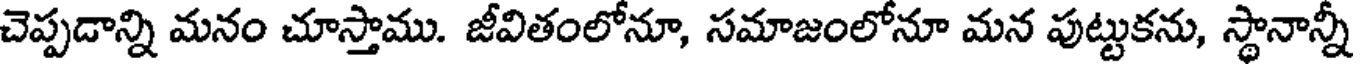
చెప్పడాన్ని మనం చూస్తాము. జీవితంలోనూ, సమాజంలోనూ మన పుట్టుకను, స్థానాన్నీ